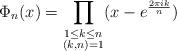
LaTeX: \begin{align*} \Phi_n(x)= \prod_{\substack{1 \leq k \leq n \\ (k,n)=1}}(x-e ^{\frac{2 \pi i k }{n}})\end{align*}